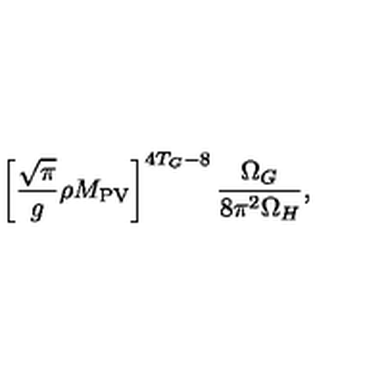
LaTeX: \left[ \frac { \sqrt { \pi } } { g } \rho M _ { \mathrm { P V } } \right] ^ { 4 T _ { G } - 8 } \frac { \Omega _ { G } } { 8 \pi ^ { 2 } \Omega _ { H } } ,